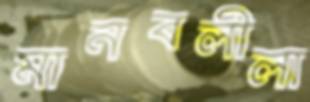
মানবলীলা